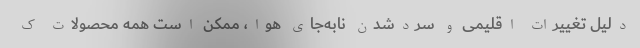
دلیل تغییرات اقلیمی و سردشدن نابه‌جای هوا، ممکن است همه محصولات ک